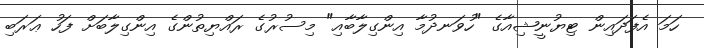
ހަމަ އެފަދައިން ޓިޔުނީޝިއާގެ "ހުވަނދުމާ އިންގިލާބާއި" މިސުރުގެ ރައްޔިތުންގެ އިންގިލާބަށް ފަހު ޢަރަބި